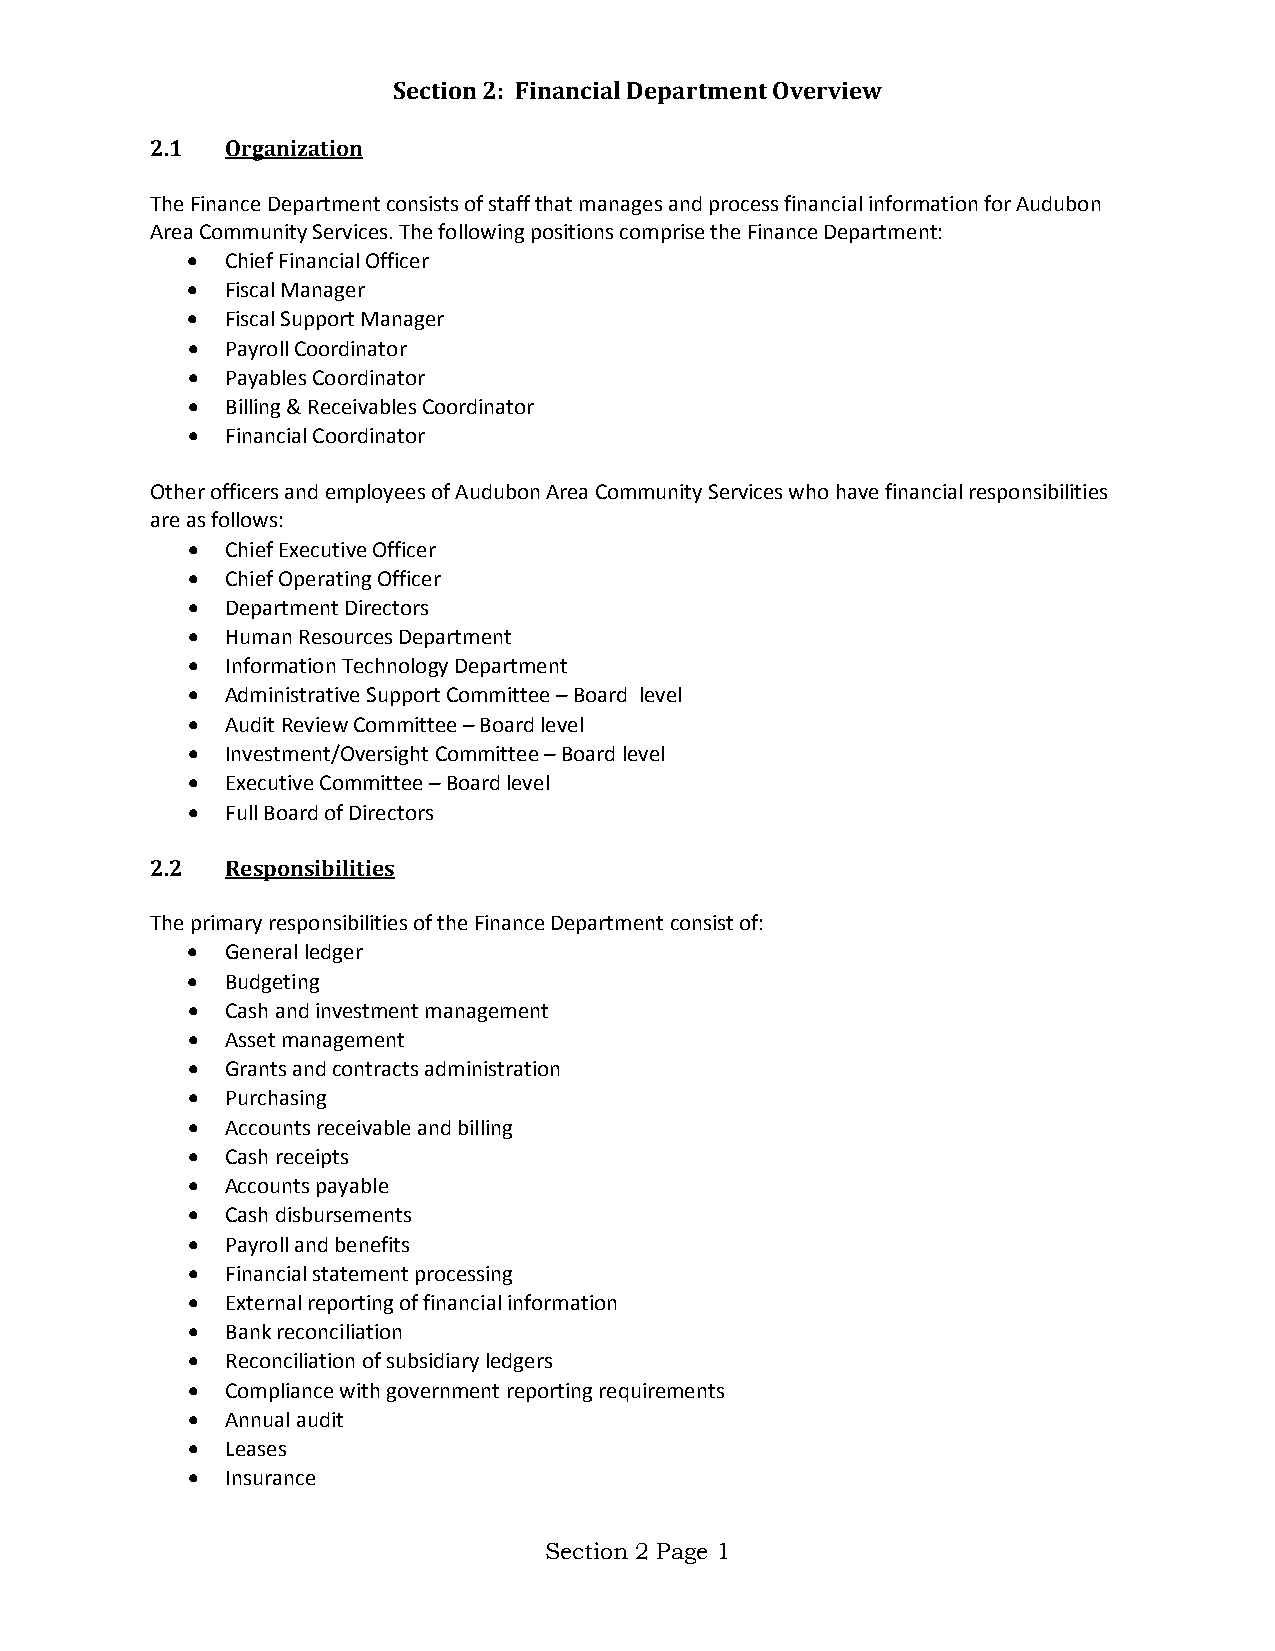
Section 2: Financial Department Overview
 2.1  Organization
 The Finance Department consists of staff that manages and process financial information for Audubon
 Area Community Services. The following positions comprise the Finance Department:
 •  Chief Financial Officer
 •  Fiscal Manager
 •  Fiscal Support Manager
 •  Payroll Coordinator
 •  Payables Coordinator
 •  Billing & Receivables Coordinator
 •  Financial Coordinator
 Other officers and employees of Audubon Area Community Services who have financial responsibilities
 are as follows:
 •  Chief Executive Officer
 •  Chief Operating Officer
 •  Department Directors
 •  Human Resources Department
 •  Information Technology Department
 •  Administrative Support Committee – Board level
 •  Audit Review Committee – Board level
 •  Investment/Oversight Committee – Board level
 •  Executive Committee – Board level
 •  Full Board of Directors
 2.2  Responsibilities
 The primary responsibilities of the Finance Department consist of:
 •  General ledger
 •  Budgeting
 •  Cash and investment management
 •  Asset management
 •  Grants and contracts administration
 •  Purchasing
 •  Accounts receivable and billing
 •  Cash receipts
 •  Accounts payable
 •  Cash disbursements
 •  Payroll and benefits
 •  Financial statement processing
 •  External reporting of financial information
 •  Bank reconciliation
 •  Reconciliation of subsidiary ledgers
 •  Compliance with government reporting requirements
 •  Annual audit
 •  Leases
 •  Insurance
 Section 2 Page 1